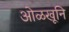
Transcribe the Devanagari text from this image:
ओळखूनि